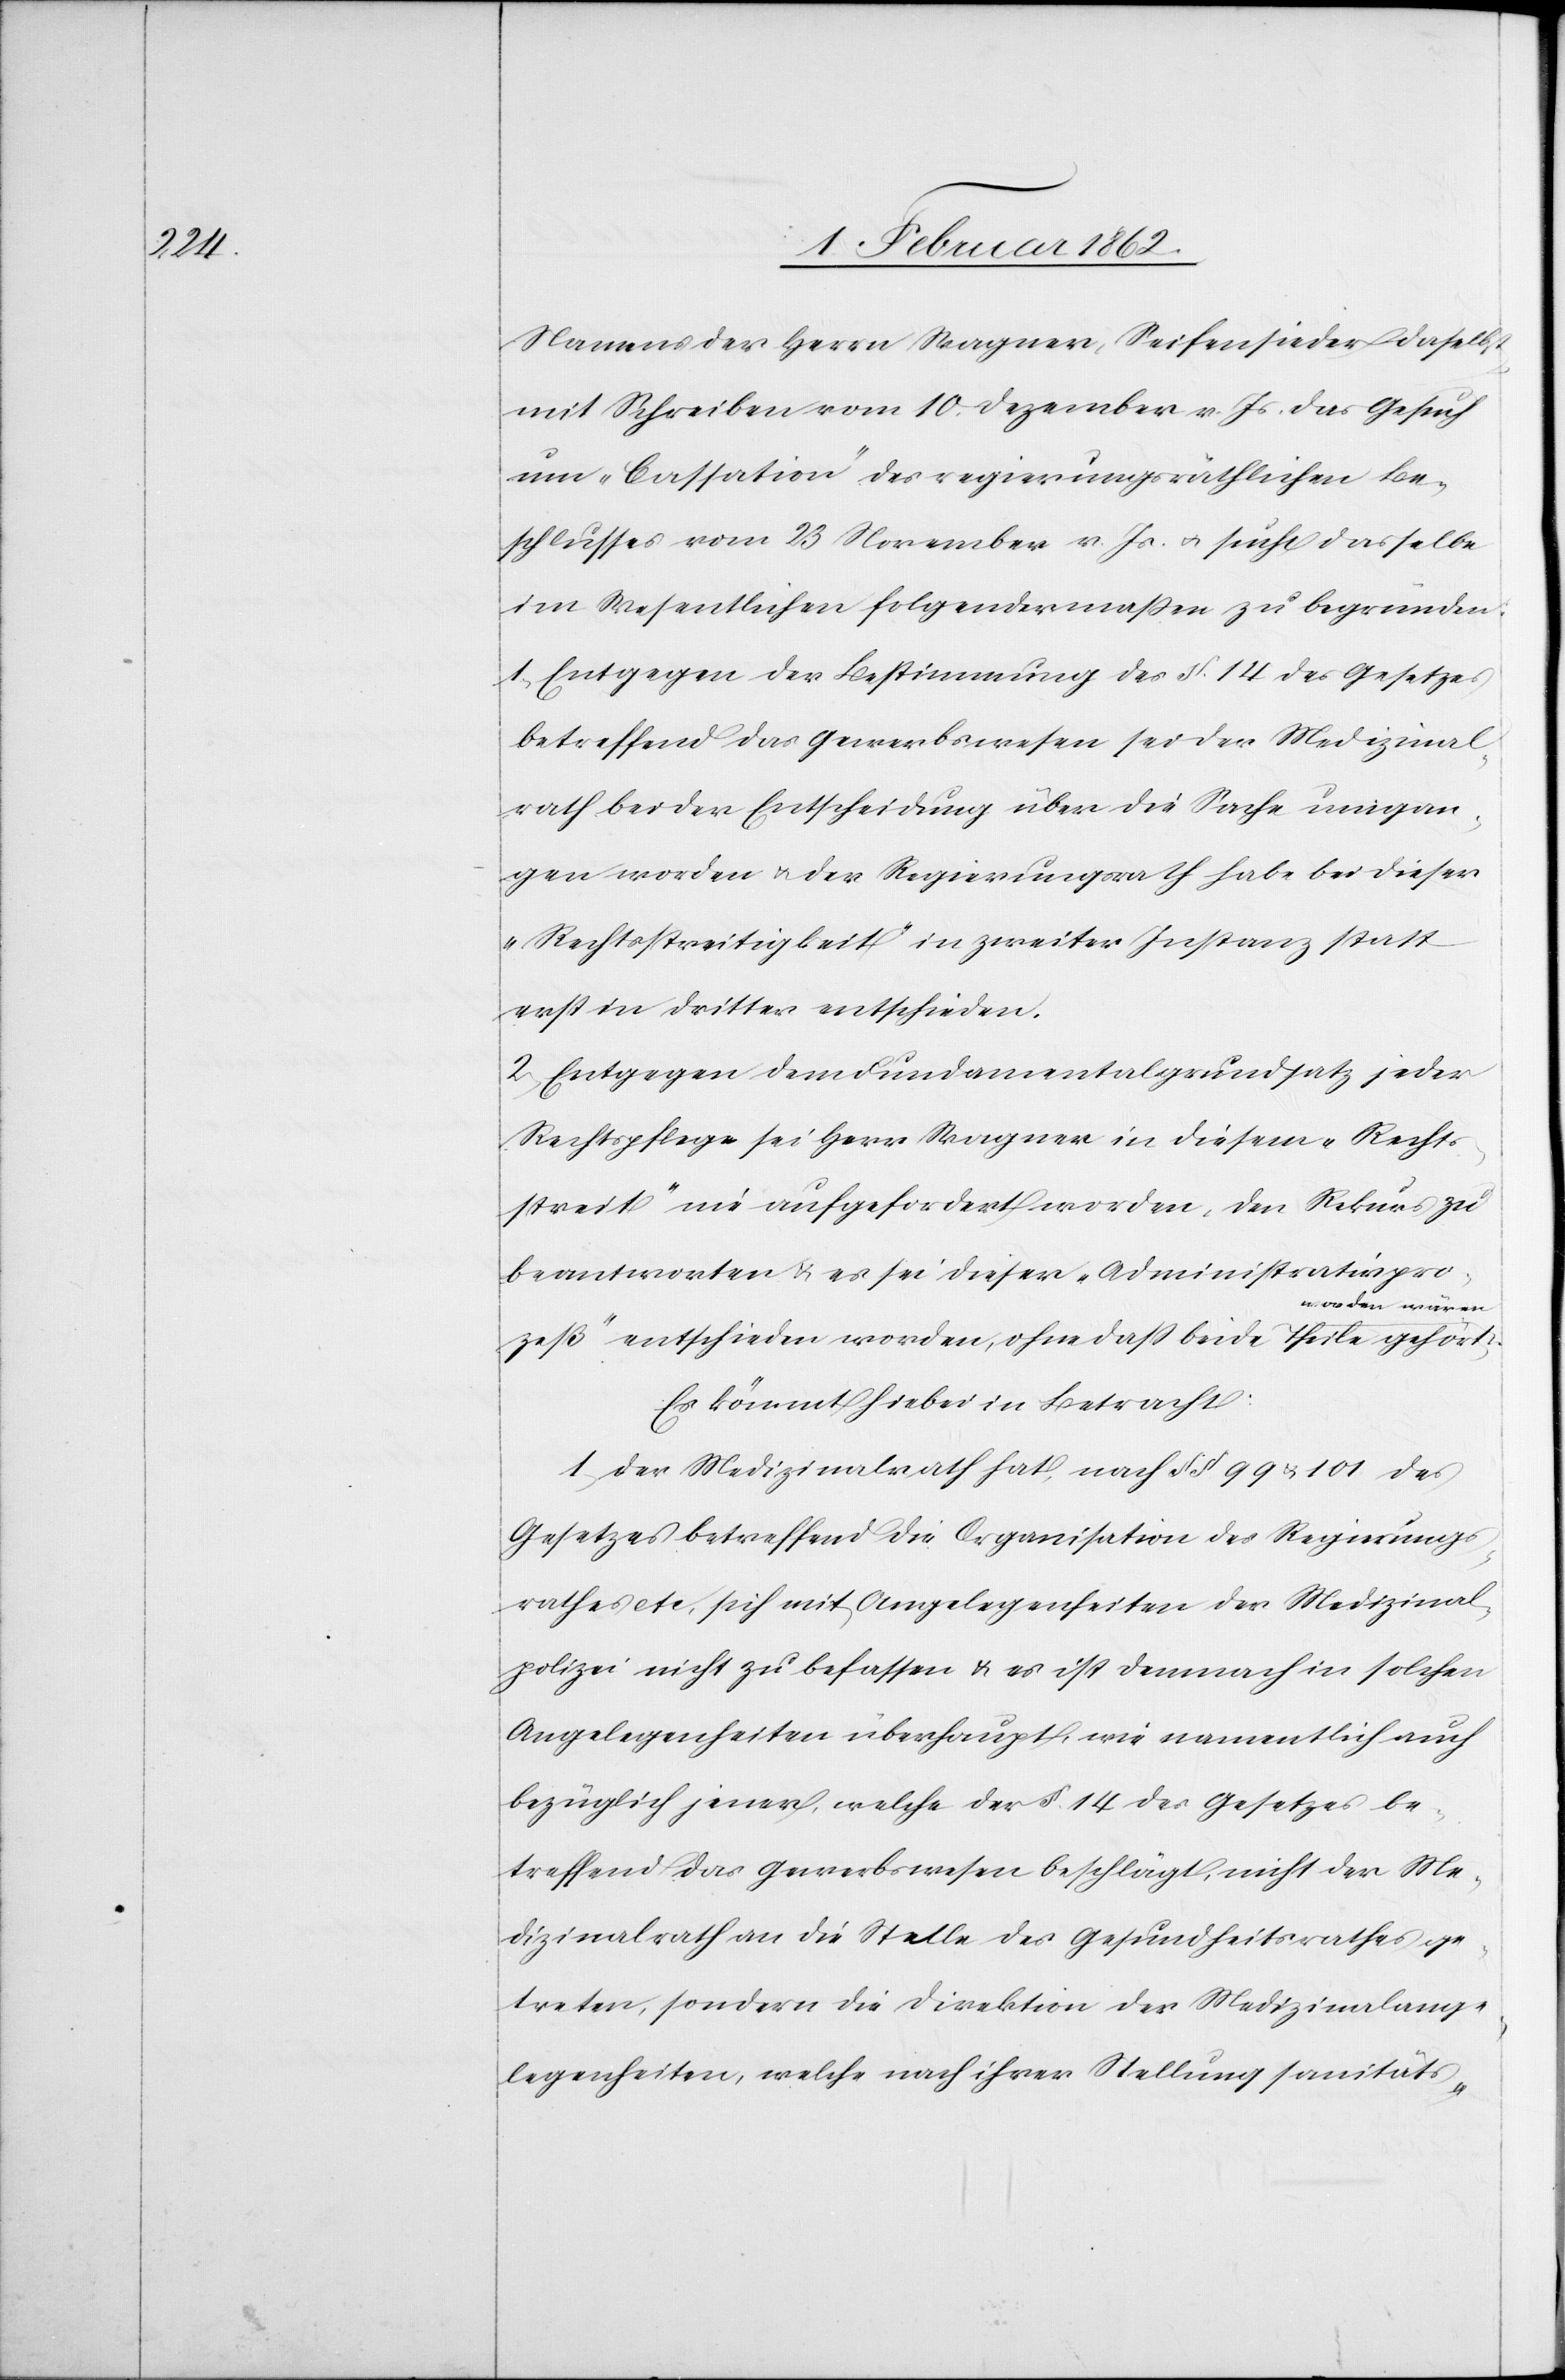
Namens des Herrn Wagner, Seifensieder daselbst
mit Schreiben vom 10. Dezember v. Js. das Gesuch
um „Cassation“ des regierungsräthlichen Be¬
schlusses vom 23 November v. Js. u. sucht dasselbe
im Wesentlichen folgendermaßen zu begründen:
1. Entgegen der Bestimmung des §. 14 des Gesetzes
betreffend das Gewerbswesen sei der Medizinal¬
rath bei der Entscheidung über die Sache umgan¬
gen worden u. der Regierungsrath habe bei dieser
„Rechtsstreitigkeit“ in zweiter Instanz statt
erst in dritter entschieden.
2. Entgegen dem Fundamentalgrundsatz jeder
Rechtspflege sei Herr Wagner in diesem „Rechts¬
streit“ nie aufgefordert worden, den Rekurs zu
beantworten u. es sei dieser „Administrativpro¬
a-worden wären-a.
zeß“ entschieden worden, ohne daß beide Theile gehört
Es kömmt hiebei in Betracht:
1. der Medizinalrath hat, nach § §. 99 u. 101 des
Gesetzes betreffend die Organisation des Regierungs¬
rathes etc, sich mit Angelegenheiten der Medizinal¬
polizei nicht zu befassen u. es ist demnach in solchen
Angelegenheiten überhaupt, wie namentlich auch
bezüglich jener, welche der §. 14 des Gesetzes be¬
treffend das Gewerbswesen beschlägt, nicht der Me¬
dizinalrath an die Stelle des Gesundheitsrathes ge¬
treten, sondern die Direktion der Medizinalange¬
legenheiten, welche nach ihrer Stellung sanitäts-